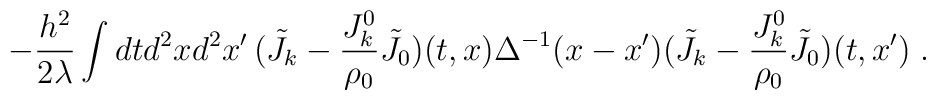
- \frac{h^2}{2 \lambda} \int dt d^2x  d^2x'\, ({\tilde J}_k - \frac{J^0_k}{\rho_0} {\tilde J}_0) (t,x) \Delta^{-1}(x-x')({\tilde J}_k - \frac{J^0_k}{\rho_0} {\tilde J}_0) (t,x')\;.